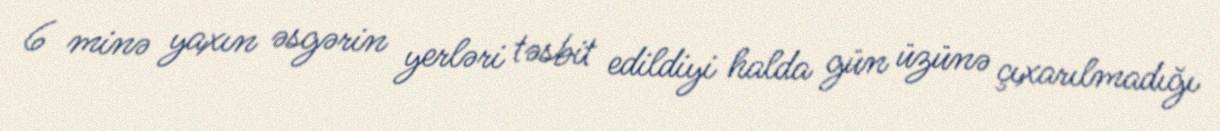
6 minə yaxın əsgərin yerləri təsbit edildiyi halda gün üzünə çıxarılmadığı